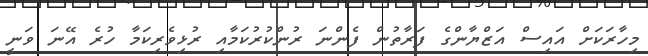
މިހާރަކަށް އައިސް އަޒްޔާންގެ ފަރާތުން ފެންނަ ރުންކުރުކަމާއި ރުޅިވެރިކަމާ ހުރެ އޭނަ ވަނީ